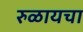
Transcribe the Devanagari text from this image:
रुळायचा